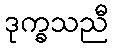
ဒုက္ခသညီ